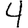
Digit: 4